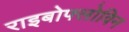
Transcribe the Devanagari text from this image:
राइबोफ्लोविन